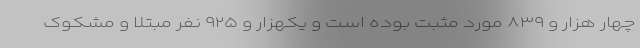
چهار هزار و ۸۳۹ مورد مثبت بوده است و یکهزار و ۹۲۵ نفر مبتلا و مشکوک